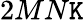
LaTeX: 2MN\mathtt{K}